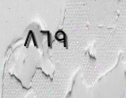
٨٦٩